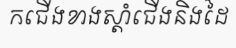
កជើងខាងស្តាំជើងនិងដៃ